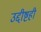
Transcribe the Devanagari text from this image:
उद्दीष्टही